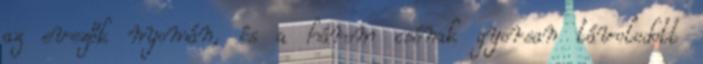
az evezők nyomán, és a három csónak gyorsan távolodott